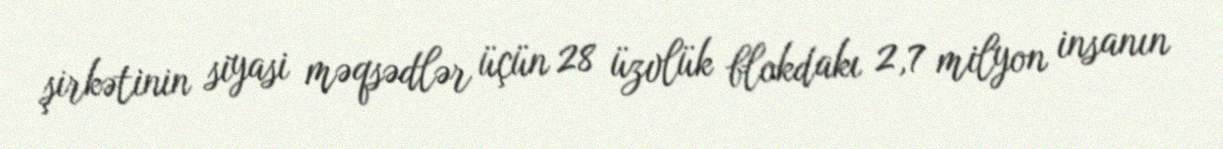
şirkətinin siyasi məqsədlər üçün 28 üzvlük blokdakı 2,7 milyon insanın